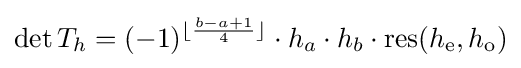
\det T_{h}=(-1)^{\lfloor {\frac {b-a+1}{4}}\rfloor }\cdot h_{a}\cdot h_{b}\cdot \mathrm {res} (h_{\mathrm {e} },h_{\mathrm {o} })